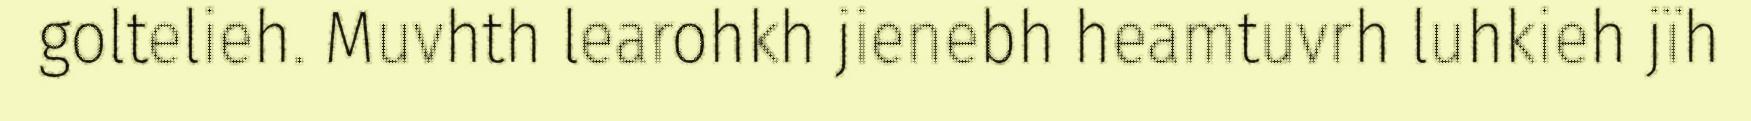
goltelieh. Muvhth learohkh jienebh heamtuvrh luhkieh jïh